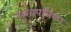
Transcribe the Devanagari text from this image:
मुखपत्रिका